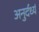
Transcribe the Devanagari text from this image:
अनुर्दर्ध्य